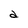
Character: d